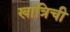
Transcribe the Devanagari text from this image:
खात्रिची